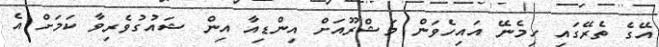
އޭގެ ތެރޭގައި ހިމެނޭ އައިހެވަން މަޝްރޫއަށް އިންޑިއާ އިން ޝައުގުވެރިވާ ކަމަށް އެ